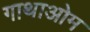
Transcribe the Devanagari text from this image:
गाथाओम